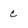
Character: c